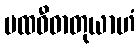
ပထဝီဓာတုယာဟံ